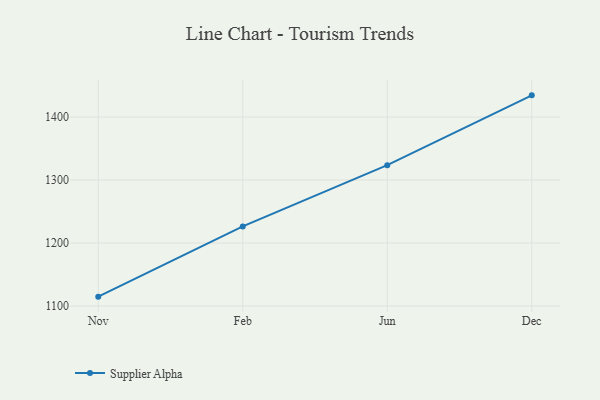
{"axis": {"x": "Month", "y": "Churn Rate (%)"}, "legend": ["Supplier Alpha"], "data": [{"x": "Nov", "y": 1114.9, "type": "Supplier Alpha"}, {"x": "Feb", "y": 1226.4, "type": "Supplier Alpha"}, {"x": "Jun", "y": 1323.6, "type": "Supplier Alpha"}, {"x": "Dec", "y": 1434.5, "type": "Supplier Alpha"}]}